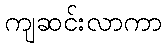
ကျဆင်းလာကာ